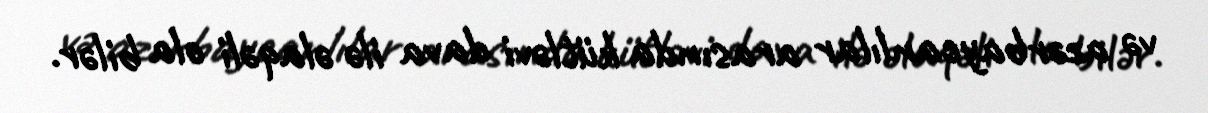
və azərbaycanlılar arasında kütləvi dava ilə əlaqəli ola bilər.